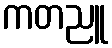
ကတညူ